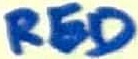
Text: RED